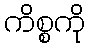
ကိစ္စကို